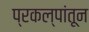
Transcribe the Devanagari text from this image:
प्रकल्पांतून